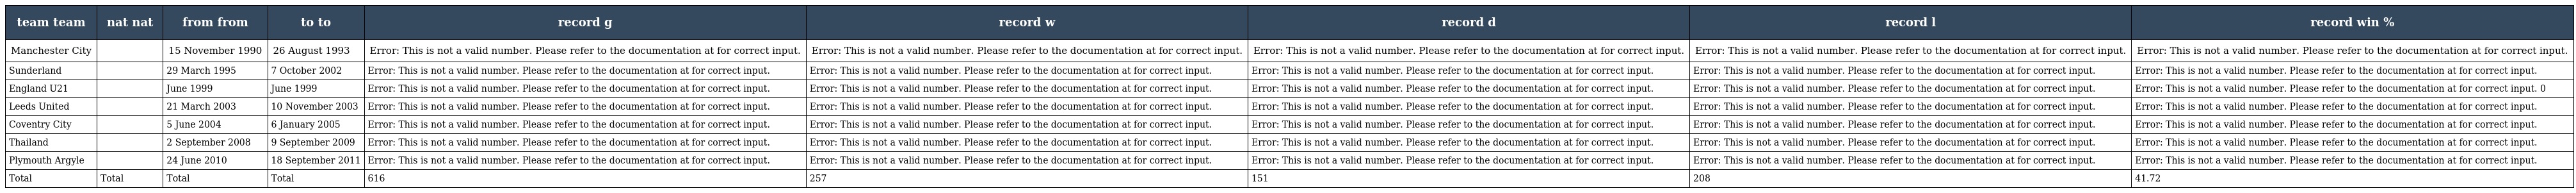
| team team | nat nat | from from | to to | record g | record w | record d | record l | record win % |
 | --- | --- | --- | --- | --- | --- | --- | --- | --- |
 | Manchester City |  | 15 November 1990 | 26 August 1993 | Error: This is not a valid number. Please refer to the documentation at for correct input. | Error: This is not a valid number. Please refer to the documentation at for correct input. | Error: This is not a valid number. Please refer to the documentation at for correct input. | Error: This is not a valid number. Please refer to the documentation at for correct input. | Error: This is not a valid number. Please refer to the documentation at for correct input. |
 | Sunderland |  | 29 March 1995 | 7 October 2002 | Error: This is not a valid number. Please refer to the documentation at for correct input. | Error: This is not a valid number. Please refer to the documentation at for correct input. | Error: This is not a valid number. Please refer to the documentation at for correct input. | Error: This is not a valid number. Please refer to the documentation at for correct input. | Error: This is not a valid number. Please refer to the documentation at for correct input. |
 | England U21 |  | June 1999 | June 1999 | Error: This is not a valid number. Please refer to the documentation at for correct input. | Error: This is not a valid number. Please refer to the documentation at for correct input. | Error: This is not a valid number. Please refer to the documentation at for correct input. | Error: This is not a valid number. Please refer to the documentation at for correct input. | Error: This is not a valid number. Please refer to the documentation at for correct input. 0 |
 | Leeds United |  | 21 March 2003 | 10 November 2003 | Error: This is not a valid number. Please refer to the documentation at for correct input. | Error: This is not a valid number. Please refer to the documentation at for correct input. | Error: This is not a valid number. Please refer to the documentation at for correct input. | Error: This is not a valid number. Please refer to the documentation at for correct input. | Error: This is not a valid number. Please refer to the documentation at for correct input. |
 | Coventry City |  | 5 June 2004 | 6 January 2005 | Error: This is not a valid number. Please refer to the documentation at for correct input. | Error: This is not a valid number. Please refer to the documentation at for correct input. | Error: This is not a valid number. Please refer to the documentation at for correct input. | Error: This is not a valid number. Please refer to the documentation at for correct input. | Error: This is not a valid number. Please refer to the documentation at for correct input. |
 | Thailand |  | 2 September 2008 | 9 September 2009 | Error: This is not a valid number. Please refer to the documentation at for correct input. | Error: This is not a valid number. Please refer to the documentation at for correct input. | Error: This is not a valid number. Please refer to the documentation at for correct input. | Error: This is not a valid number. Please refer to the documentation at for correct input. | Error: This is not a valid number. Please refer to the documentation at for correct input. |
 | Plymouth Argyle |  | 24 June 2010 | 18 September 2011 | Error: This is not a valid number. Please refer to the documentation at for correct input. | Error: This is not a valid number. Please refer to the documentation at for correct input. | Error: This is not a valid number. Please refer to the documentation at for correct input. | Error: This is not a valid number. Please refer to the documentation at for correct input. | Error: This is not a valid number. Please refer to the documentation at for correct input. |
 | Total | Total | Total | Total | 616 | 257 | 151 | 208 | 41.72 |